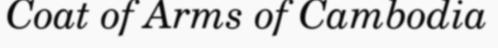
Coat of Arms of Cambodia